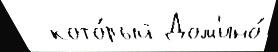
  кото́рый Дом'ино́